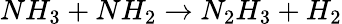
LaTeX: NH_{3}+NH_{2}\rightarrow N_{2}H_{3}+H_{2}